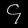
Digit: ၄